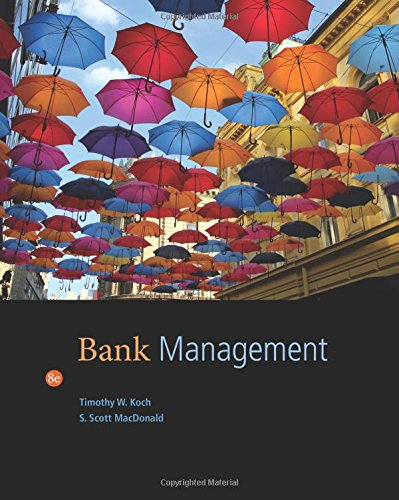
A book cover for Bank Management; Timothy W. Koch; Business & Money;